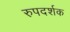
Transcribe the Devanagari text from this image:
रुपदर्शक